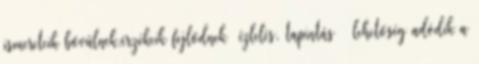
ismereteik bővülnek,érzékeik fejlődnek ízlelés, tapintás lehetőség adódik a